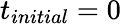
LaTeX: t_{initial}=0